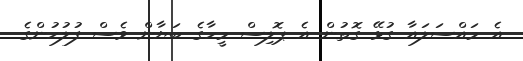
އެ މައްސަލައާ ގުޅޭ ގޮތުން އެ ޕޮލިސް މީހާގެ ބަޔާން ވެސް ފުލުހުންގެ